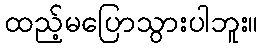
ထည့်မပြောသွားပါဘူး။